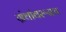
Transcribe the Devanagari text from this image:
ग्रंथांवरूनच